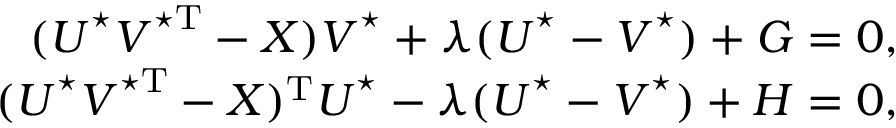
\begin{array} { r } { ( \boldsymbol { U } ^ { \star } \boldsymbol { V } ^ { \star \mathrm { T } } - \boldsymbol { X } ) \boldsymbol { V } ^ { \star } + \lambda ( \boldsymbol { U } ^ { \star } - \boldsymbol { V } ^ { \star } ) + \boldsymbol { G } = \boldsymbol { 0 } , } \\ { ( \boldsymbol { U } ^ { \star } \boldsymbol { V } ^ { \star \mathrm { T } } - \boldsymbol { X } ) ^ { \mathrm { T } } \boldsymbol { U } ^ { \star } - \lambda ( \boldsymbol { U } ^ { \star } - \boldsymbol { V } ^ { \star } ) + \boldsymbol { H } = \boldsymbol { 0 } , } \end{array}